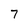
Character: 7